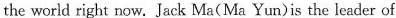
the world right now.Jack Ma(Ma Yun)is the leader of